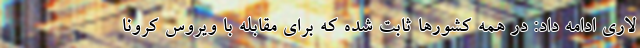
لاری ادامه داد: در همه کشورها ثابت شده که برای مقابله با ویروس کرونا